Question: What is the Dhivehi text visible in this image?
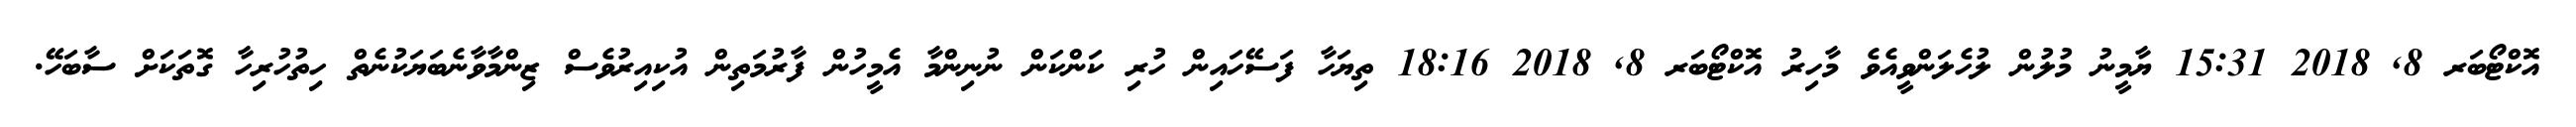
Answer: އޮކްޓޯބަރ 8, 2018 15:31 ޔާމީނު މުލުން ލުހެލަންވީއެވެ މާހިރު އޮކްޓޯބަރ 8, 2018 18:16 ތިޔަހާ ފަސޭހައިން ހުރި ކަންކަން ނުނިންމާ އެމީހުން ފާރުމަތިން އުކިއިރުވެސް ޒިންމާވާނެބަޔަކުނެތް ހިތުހުރިހާ ގޮތަކަށް ސާބަހޭ.